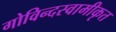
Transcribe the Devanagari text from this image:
गोविन्दस्वामीकृत